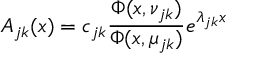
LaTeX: A _ { j k } ( x ) = c _ { j k } { \frac { \Phi ( x , \nu _ { j k } ) } { \Phi ( x , \mu _ { j k } ) } } e \sp { \lambda _ { j k } x }